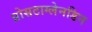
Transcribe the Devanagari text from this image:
प्रोसटाग्लेनडिन